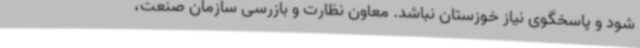
شود و پاسخگوی نیاز خوزستان نباشد. معاون نظارت و بازرسی سازمان صنعت،